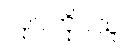
လုပ်ကိုင်သူ